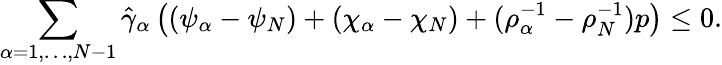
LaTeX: \begin{array}{r}{\displaystyle\sum_{\alpha=1,\dots,N-1}\hat{\gamma}_{\alpha}\left((\psi_{\alpha}-\psi_{N})+(\chi_{\alpha}-\chi_{N})+(\rho_{\alpha}^{-1}-\rho_{N}^{-1})p\right)\leq 0.}\end{array}